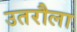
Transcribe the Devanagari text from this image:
उतरौला